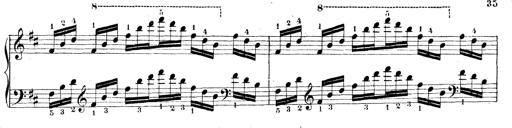
Title: Technische Studien
Composer: Franz Liszt